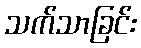
သက်သာခြင်း